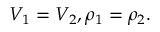
V _ { 1 } = V _ { 2 } , \rho _ { 1 } = \rho _ { 2 } .